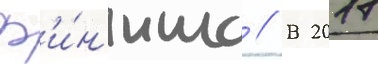
ф'и́н'иша // В 2017